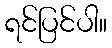
ရင်ပြင်ပါ။